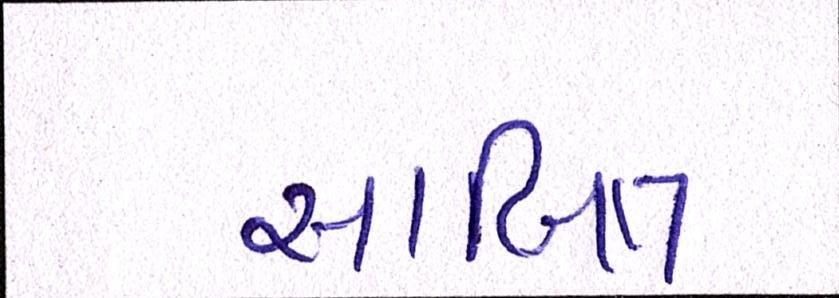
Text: સાબિત